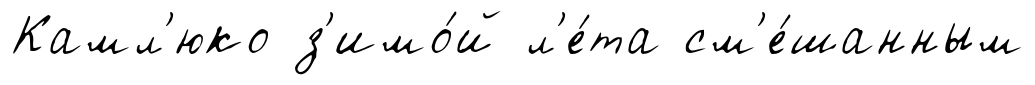
Камл'юко з'имо́й л'е́та см'е́шанным